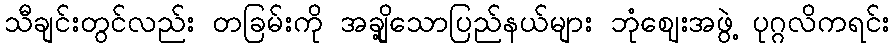
သီချင်းတွင်လည်း တခြမ်းကို အချို့သောပြည်နယ်များ ဘုံဈေးအဖွဲ့ ပုဂ္ဂလိကရင်း